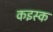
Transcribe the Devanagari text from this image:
कइस्क